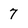
Character: 7